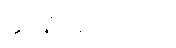
ဆုံးရှုံးသွားသော